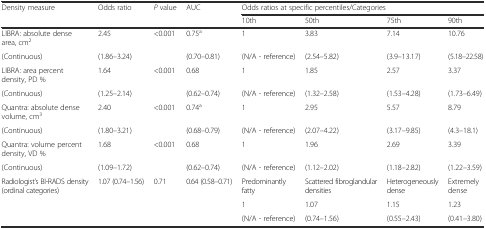
| <ROWSPAN=2> Density measure | <ROWSPAN=2> Odds ratio | <ROWSPAN=2> P value | <ROWSPAN=2> AUC | <COLSPAN=4> Odds ratios at specific percentiles/Categories |
 | 10th | 50th | 75th | 90th |
 | --- | --- | --- | --- | --- | --- | --- | --- |
 | LIBRA: absolute dense area, cm2 | 2.45 | <ROWSPAN=2> <0.001 | 0.75a | 1 | 3.83 | 7.14 | 10.76 |
 | (Continuous) | (1.86–3.24) | (0.70–0.81) | (N/A - reference) | (2.54–5.82) | (3.9–13.17) | (5.18–22.58) |
 | LIBRA: area percent density, PD % | 1.64 | <ROWSPAN=2> <0.001 | 0.68 | 1 | 1.85 | 2.57 | 3.37 |
 | (Continuous) | (1.25–2.14) | (0.62–0.74) | (N/A - reference) | (1.32–2.58) | (1.53–4.28) | (1.73–6.49) |
 | Quantra: absolute dense volume, cm3 | 2.40 | <ROWSPAN=2> <0.001 | 0.74a | 1 | 2.95 | 5.57 | 8.79 |
 | (Continuous) | (1.80–3.21) | (0.68–0.79) | (N/A - reference) | (2.07–4.22) | (3.17–9.85) | (4.3–18.1) |
 | Quantra: volume percent density, VD % | 1.68 | <ROWSPAN=2> <0.001 | 0.68 | 1 | 1.96 | 2.69 | 3.39 |
 | (Continuous) | (1.09–1.72) | (0.62–0.74) | (N/A - reference) | (1.12–2.02) | (1.18–2.82) | (1.22–3.59) |
 | <ROWSPAN=3> Radiologist’s BI-RADS density (ordinal categories) | <ROWSPAN=3> 1.07 (0.74–1.56) | <ROWSPAN=3> 0.71 | <ROWSPAN=3> 0.64 (0.58–0.71) | Predominantly fatty | Scattered fibroglandular densities | Heterogeneously dense | Extremely dense |
 | 1 | 1.07 | 1.15 | 1.23 |
 | (N/A - reference) | (0.74–1.56) | (0.55–2.43) | (0.41–3.80) |